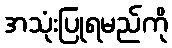
အသုံးပြုရမည်ကို